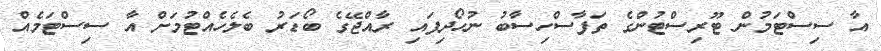
އާ ސިސްޓަމުން ޓޫރިސްޓުންގެ ތަފާސްހިސާބު ނުހޯދިފައި ރާއްޖޭގެ ބޯޑަރު ބެލެހެއްޓުމަށް އާ ސިސްޓަމެއް